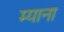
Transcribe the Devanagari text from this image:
म्याना